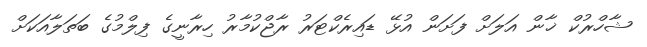
ޝާހްރުކް ޚާން އަލަށް ފަށަން އުޅޭ ޑައިރެކްޓަރު ރާޖްކުމާރު ހިރާނީގެ ފިލްމުގެ ބަތަލާއަކަށް